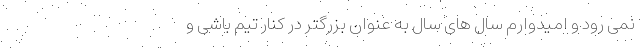
نمی رود و امیدوارم سال های سال به عنوان بزرگتر در کنار تیم باشی و